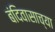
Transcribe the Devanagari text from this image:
बंदिवासाच्या